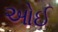
ઓઈ